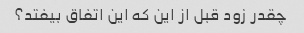
چقدر زود قبل از این که این اتفاق بیفتد؟